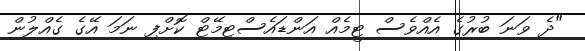
"ދެ ވަނަ ބުރުގެ އެއްވެސް ޓީމެއް އަންޑައެސްޓިމޭޓް ކޮށްފި ނަމަ އޭގެ ގެއްލުން